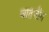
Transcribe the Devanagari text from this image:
बातचीन